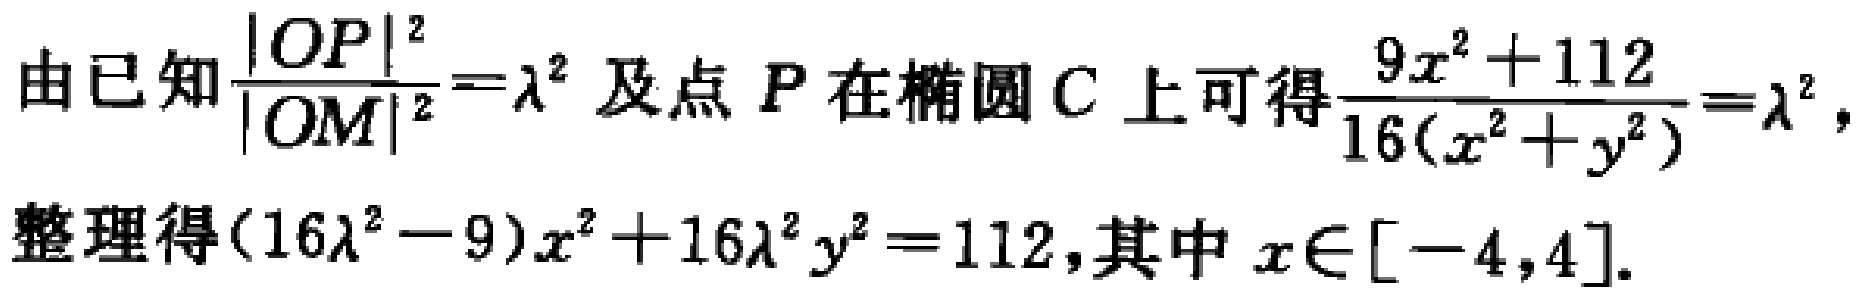
由已知$\frac{|OP|^{2}}{|OM|^{2}}=\lambda^{2}$及点$P$在椭圆$C$上可得$\frac{9x^{2}+112}{16(x^{2}+y^{2})}=\lambda^{2}$，
整理得$(16\lambda^{2}-9)x^{2}+16\lambda^{2}y^{2}=112$,其中$x\in[-4,4]$.